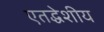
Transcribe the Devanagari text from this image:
एतद्धेशीय